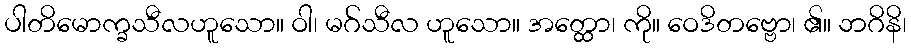
ပါတိမောက္ခသီလဟူသော။ ဝါ၊ မဂ်သီလ ဟူသော။ အတ္ထော၊ ကို။ ဝေဒိတဗ္ဗော၊ ၏။ ဘဂိနိ၊